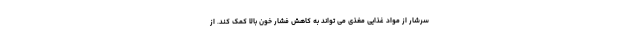
سرشار از مواد غذایی مغذی می تواند به کاهش فشار خون بالا کمک کند. از